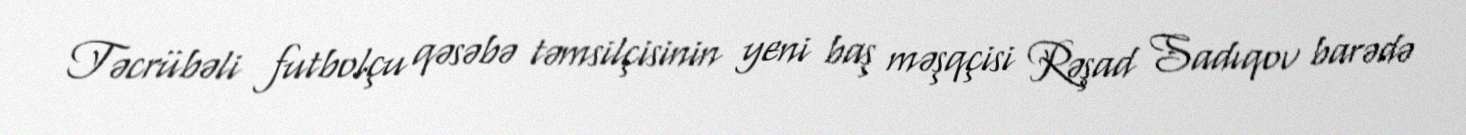
Təcrübəli futbolçu qəsəbə təmsilçisinin yeni baş məşqçisi Rəşad Sadıqov barədə